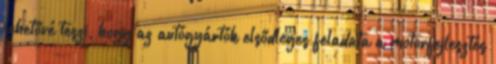
lehetővé teszi, hogy az autógyártók elsődleges feladata a motorfejlesztés